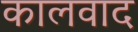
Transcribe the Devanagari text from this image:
कालवाद